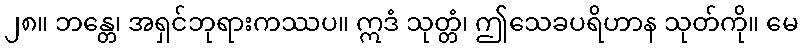
၂၈။ ဘန္တေ၊ အရှင်ဘုရားကဿပ။ ဣဒံ သုတ္တံ၊ ဤသေခပရိဟာန သုတ်ကို။ မေ